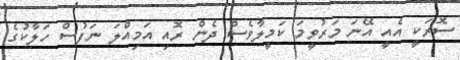
ސޮރަކީ އެއީ އޭނަ މަރުވީމަ ކަމީލާވެސް ދެން ރޮއި އަމިއްލަ ނަފުސް ހަލާކުގެ